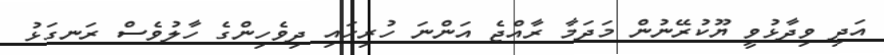
އަދި ވިދާޅުވީ ޔޫކުރޭނުން މަދަމާ ރާއްޖެ އަންނަ ހުރިހައި ދިވެހިންގެ ހާލުވެސް ރަނގަޅު